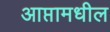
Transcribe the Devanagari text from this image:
आप्तामधील